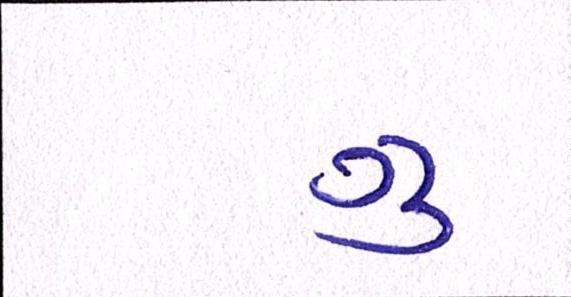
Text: ગુ